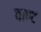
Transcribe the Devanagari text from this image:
वाण्ट